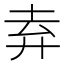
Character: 弆